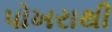
પોખરાથી